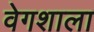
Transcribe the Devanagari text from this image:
वेगशाला